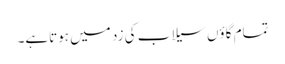
تمام گاؤں سیلاب کی زد میں ہوتاہے۔